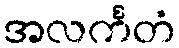
အလင်္ကတံ